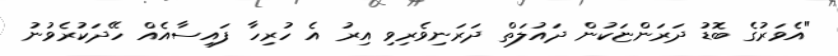
"އެވަރުގެ ބޮޑު ދަރަންޏަކުން ދައުލަތް ދަރަނިވެރިވި އިރު އެ ހުރިހާ ފައިސާއެއް ހޭދަކުރެވުނު